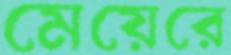
মেয়েরে